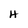
Character: H